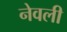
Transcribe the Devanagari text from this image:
नेवली